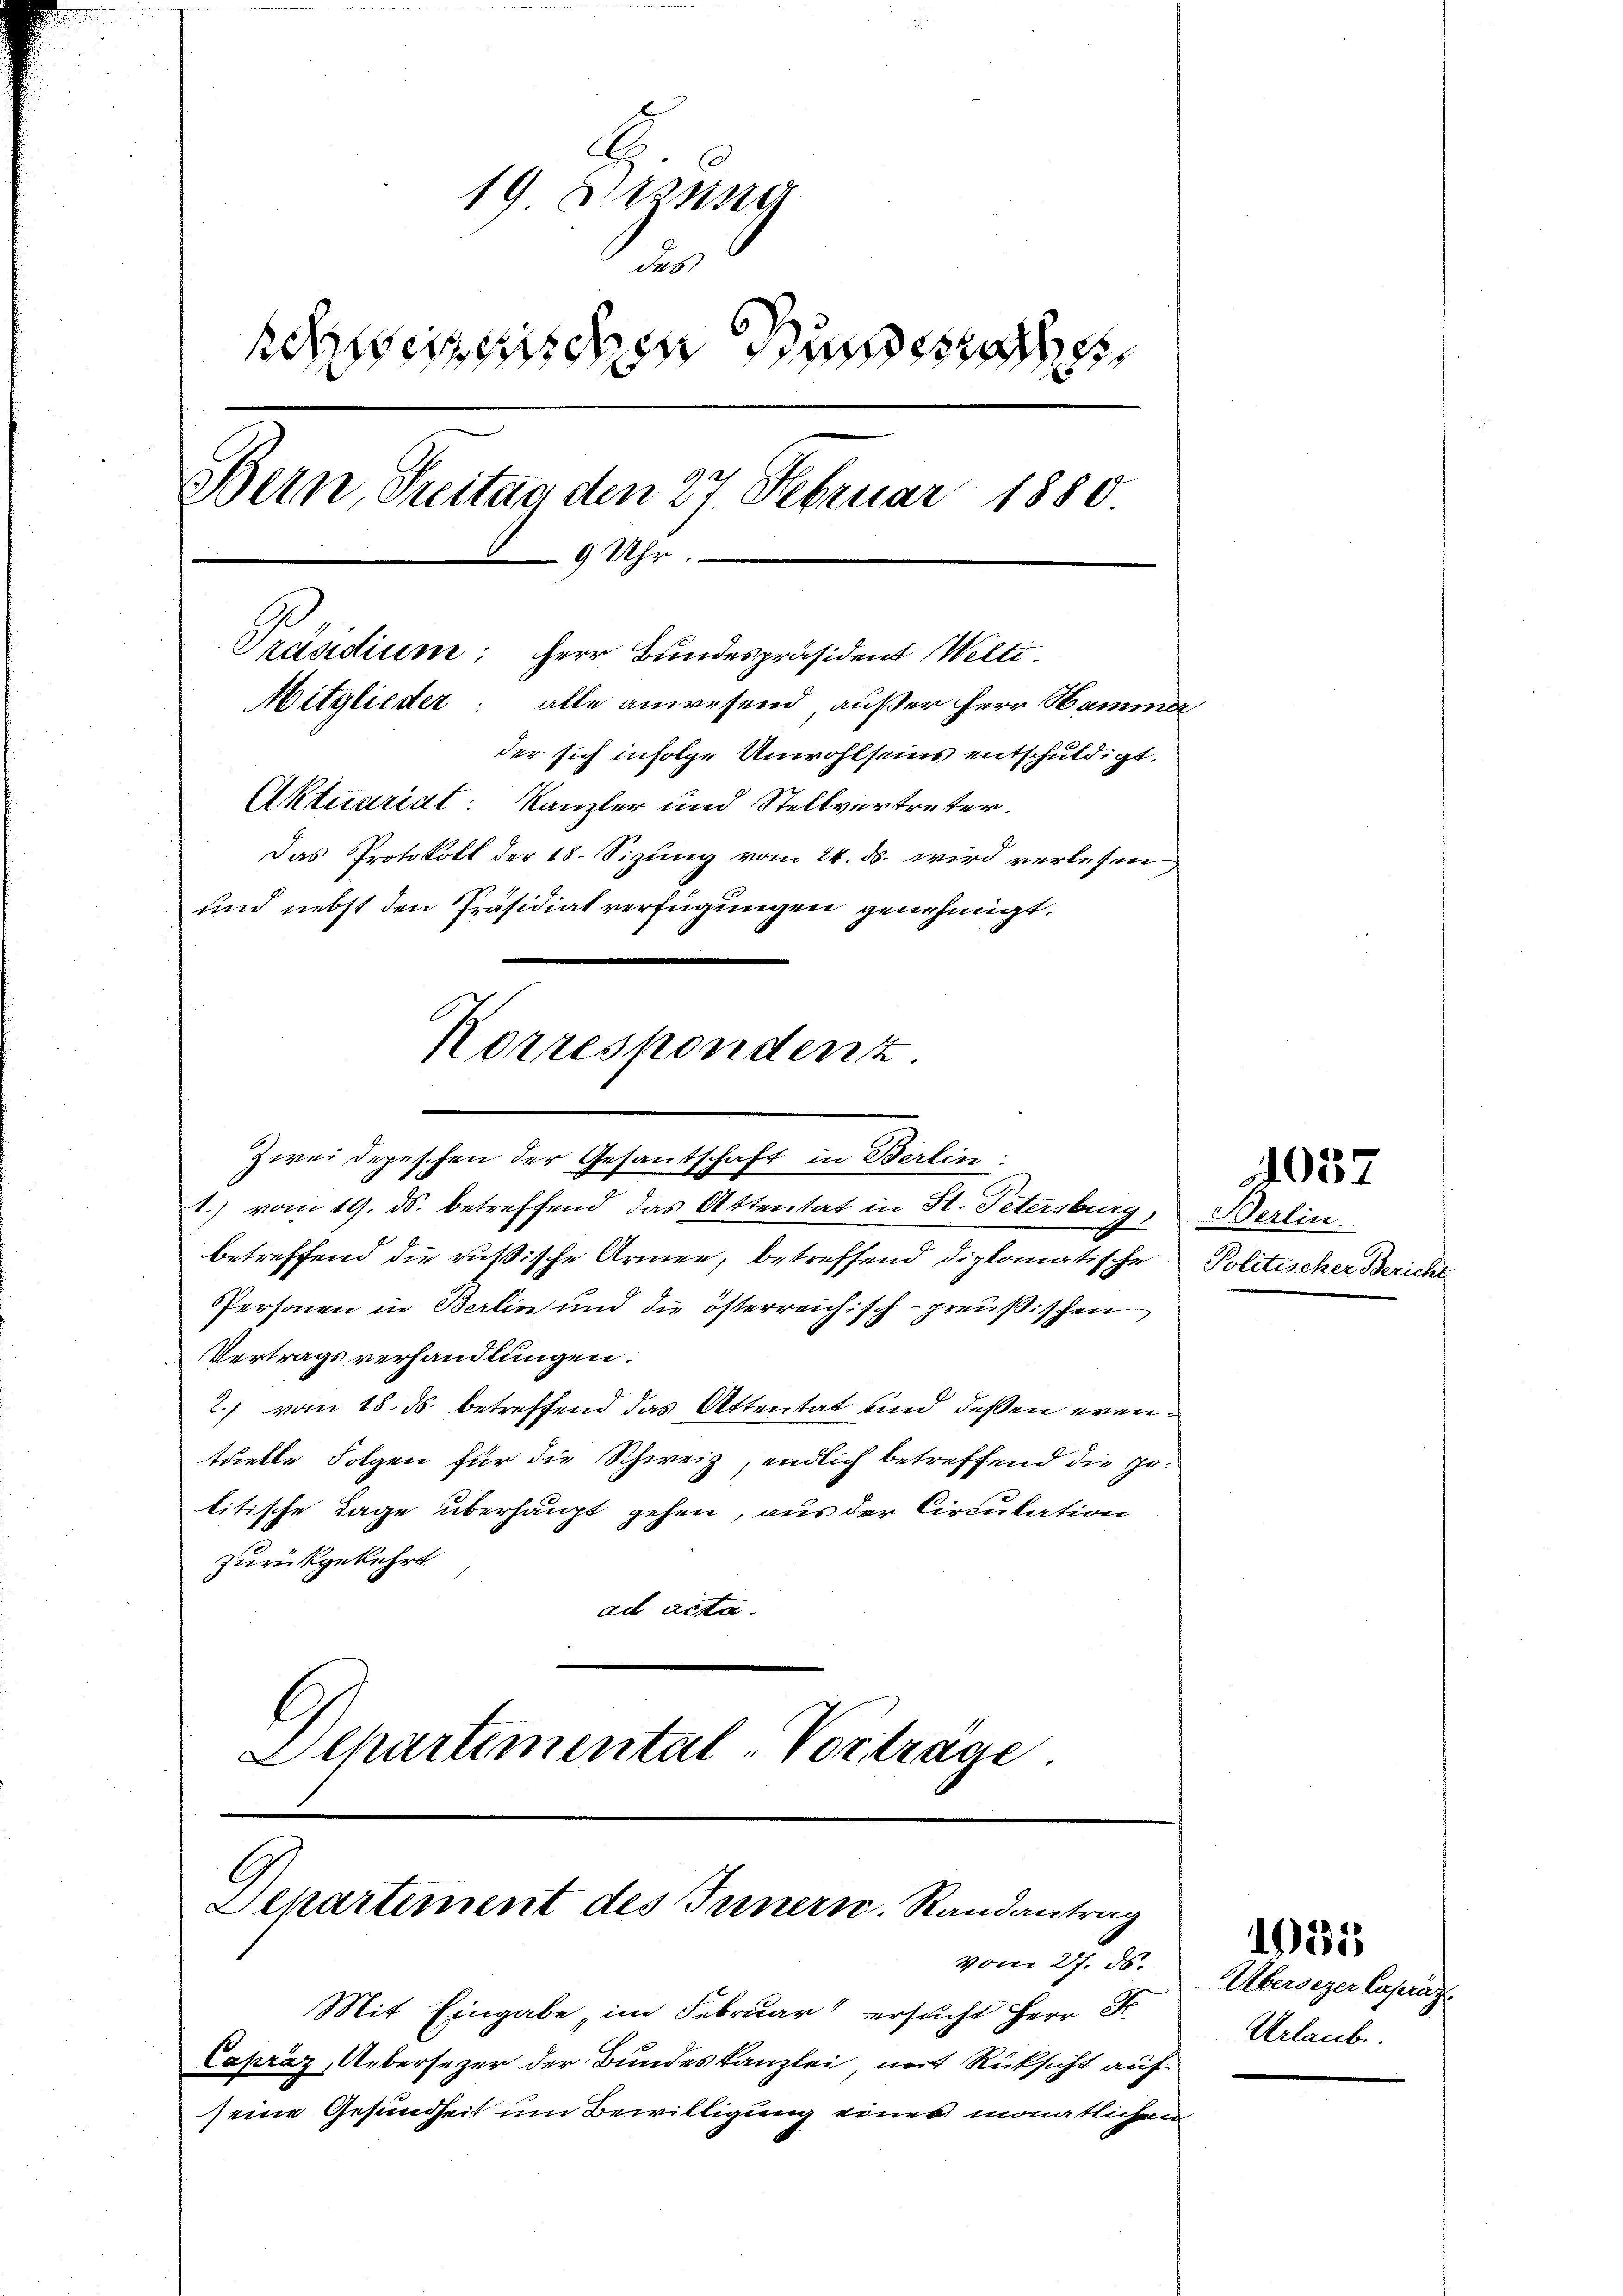
A
19 Sitzuster
des
scherischen Bundesreche
Bern, Treitag den 27. Februar 1880.
9 Uhr.
Präsidium: Herr Bundespräsident Wilti¬
Mitglieder: alle anwesend außer Herr Hammer
der sich infolge Unwohlseins entschuldigt.
Aktuariat: Kanzler und Stellvertreter.
Das Protokoll der 18. Sizung vom 24. ds. wird verlesen
und nebst den Präsidiat verfügungen genehmigt.

Korrespondenz
Zwei Depeschen der Gesandschaft in Berlin:
1.) vom 19. ds. betreffend das Attentat in St. Petersburg,

betreffend die russische Armen, betreffend diplomatische
Personen in Berlin und die österreichisch - preußischen
Vertragsverhandlungen.
2.) vom 18. ds. betreffend das Attentat und dessen eventuelle Folgen für die Schweiz, endlich betreffend die politische Lage überhaupt gehen, aus der Circulation
zurückgekehrt
ad acta.
Ichartemental-Vortrage

Departement des Innern Randantrag
vom 27. ds.

Mit Eingabe im Februar ersucht Herr Dr.
Capráz, Uebersezer der Bundeskanzlei mit Rücksicht auf
seine Gesundheit um Bewilligung einer monatlichen

4057

Berlin.
Politischer Bericht

Übersezer Capraz.
Urlaube.

1635